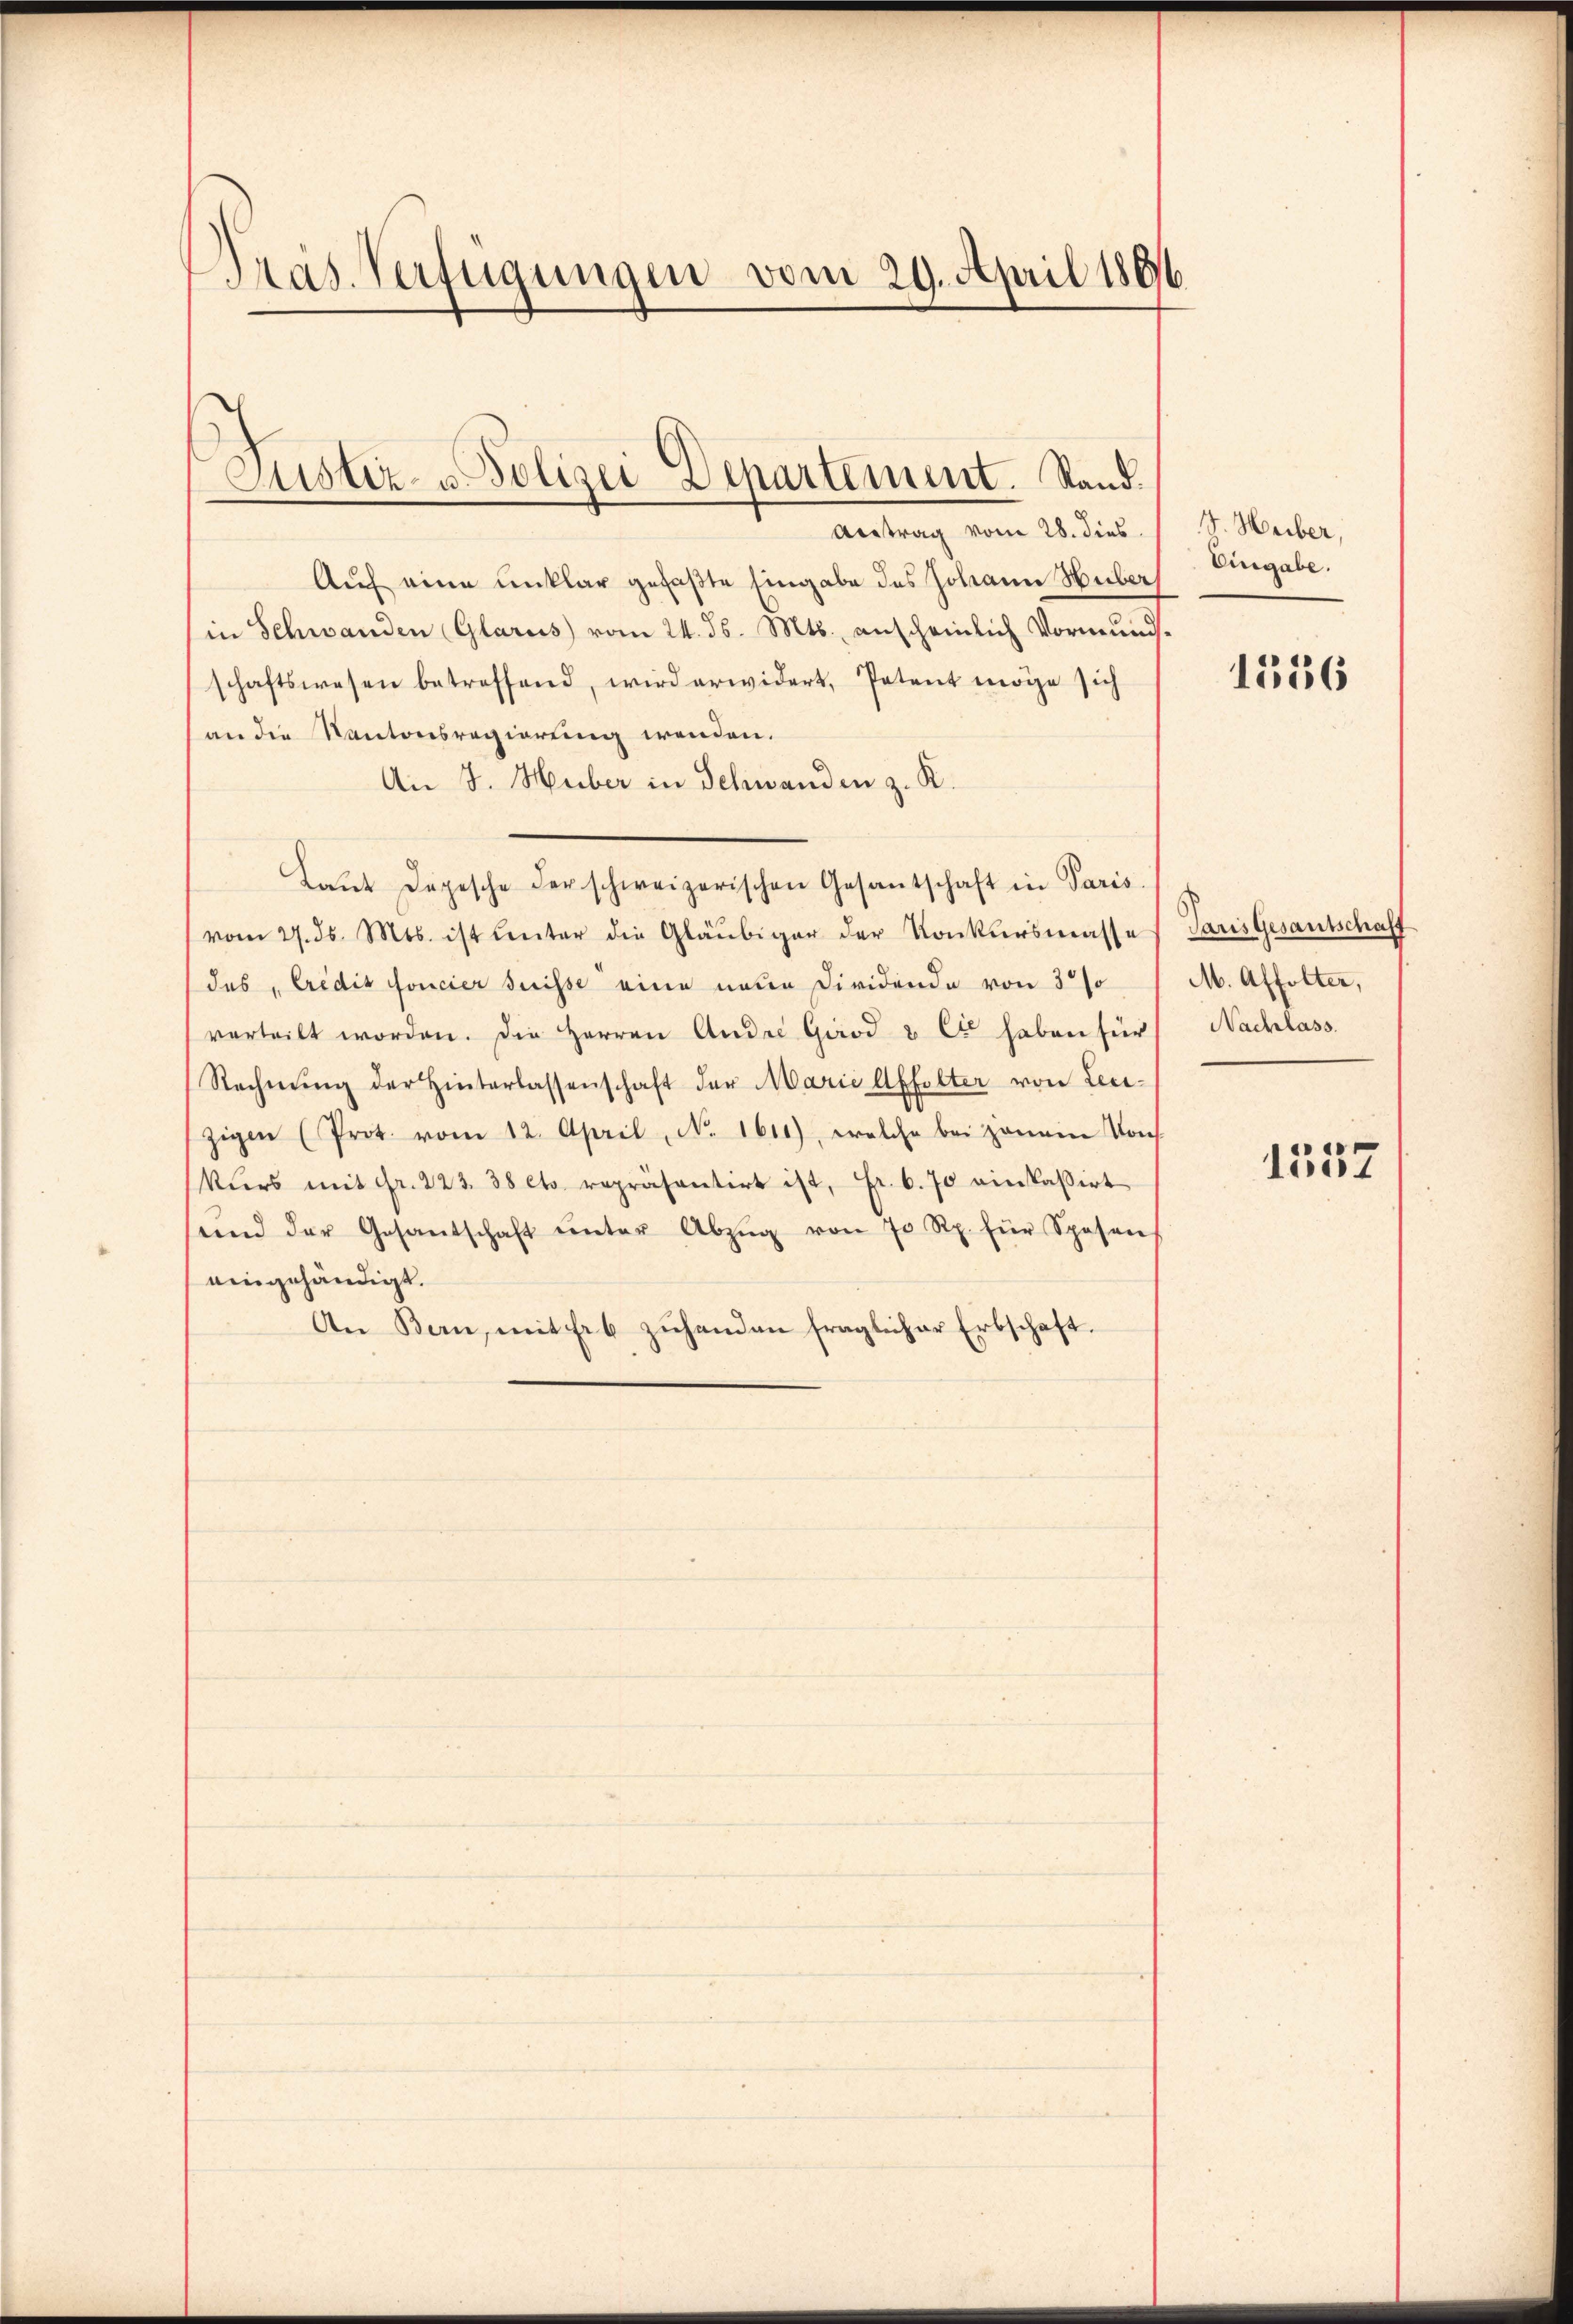
Präs. Verfügungen vom 29. April 1891

Auf eine unklar gefaßte Eingabe des Johann Huber
in Schwanden Glarus vom 24. ds. Mts. anscheinlich Vormundsschaftswesen betreffend, wird erwidert, Petent möge sich
an die Kantonsregierung wenden.
An J. Huber in Schwanden z. R.
Laŭt Depesche der schweizerischen Gesantschaft in Paris.
(vom 27. ds. Mts. ist unter die Gläubiger der Konkursmasses Paris Gesantschaff
des Credit foncier suisse eine neue Dividende von 30%
verteilt worden. Die Herren Ander Gard & Cie haben für
Rechnŭng der Hinterlassenschaft der Marie Affolter von Leizigen (Prot vom 12. April, No. 1611), welche bei genein Von
kŭrs mit Fr. 223. 38 etc. repräsentirt ist, Fr. 6. 70 einkassirt
und der Gesantschaft ŭnter Abzŭg von 70 Rp. für Spesen
eingehändigt.
An Bern, mit Erb zŭhanden fraglicher Erbschaft.

Justiz- u Polizei Departement. Stand.
Austrag vom 28. dies

V. Heiber,
Eingabe.

1556

M. Affolter,
Nachlass.

1537